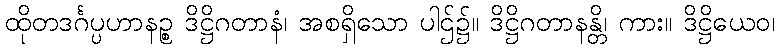
ထိုတဒင်္ဂပ္ပဟာနဉ္စ ဒိဋ္ဌိဂတာနံ၊ အစရှိသော ပါဌ်၌။ ဒိဋ္ဌိဂတာနန္တိ၊ ကား။ ဒိဋ္ဌိယေဝ၊